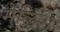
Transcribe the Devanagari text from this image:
मेलिश